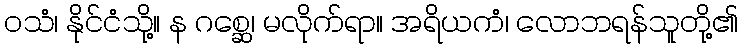
ဝသံ၊ နိုင်ငံသို့။ န ဂစ္ဆေ၊ မလိုက်ရာ။ အရိယကံ၊ လောဘရန်သူတို့၏